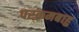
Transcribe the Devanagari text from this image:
परक्रमबाहु